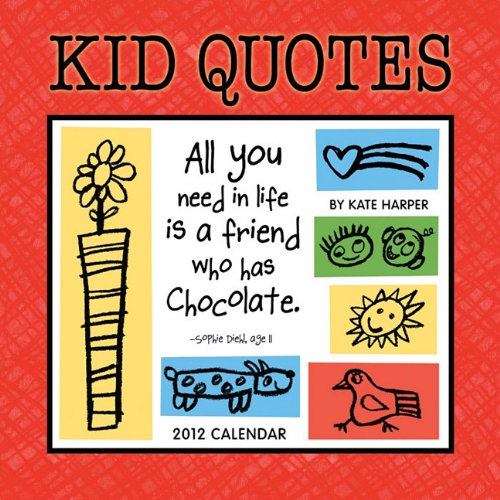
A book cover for Kid Quotes 2012 Wall Calendar - Funny Kid Quotes to Keep Mom Smiling & Organized!; Kate Harper; Calendars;